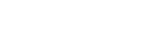
ပရိယောဒါတာတိ